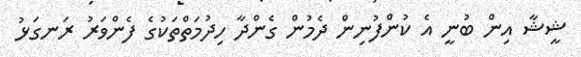
ޝީޝާ އިން ބުނީ އެ ކުންފުނިން ދެމުން ގެންދާ ހިދުމަތްތަކުގެ ފެންވަރު ރަނގަޅު